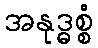
အနုဒ္ဓစ္စံ